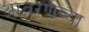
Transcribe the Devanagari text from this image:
आवरणच्या